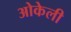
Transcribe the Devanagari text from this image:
ओकेली